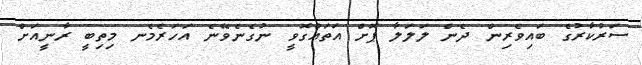
ސަރުކާރުގެ ބައިވެރިން ދެން ލަލަލާ ޕޮށް އަތައްގޮވީ ނުގެނެވޭނެ އަހަރެމެނ މިތިބީ ރާނީއަށް